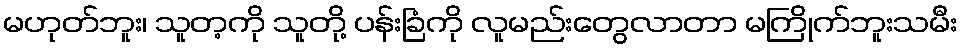
မဟုတ်ဘူး၊ သူတ့ကို သူတို့ ပန်းခြံကို လူမည်းတွေလာတာ မကြိုက်ဘူးသမီး